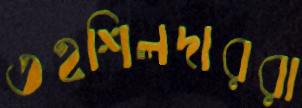
তহশিলদাররা